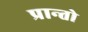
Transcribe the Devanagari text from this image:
प्रान्‍तो